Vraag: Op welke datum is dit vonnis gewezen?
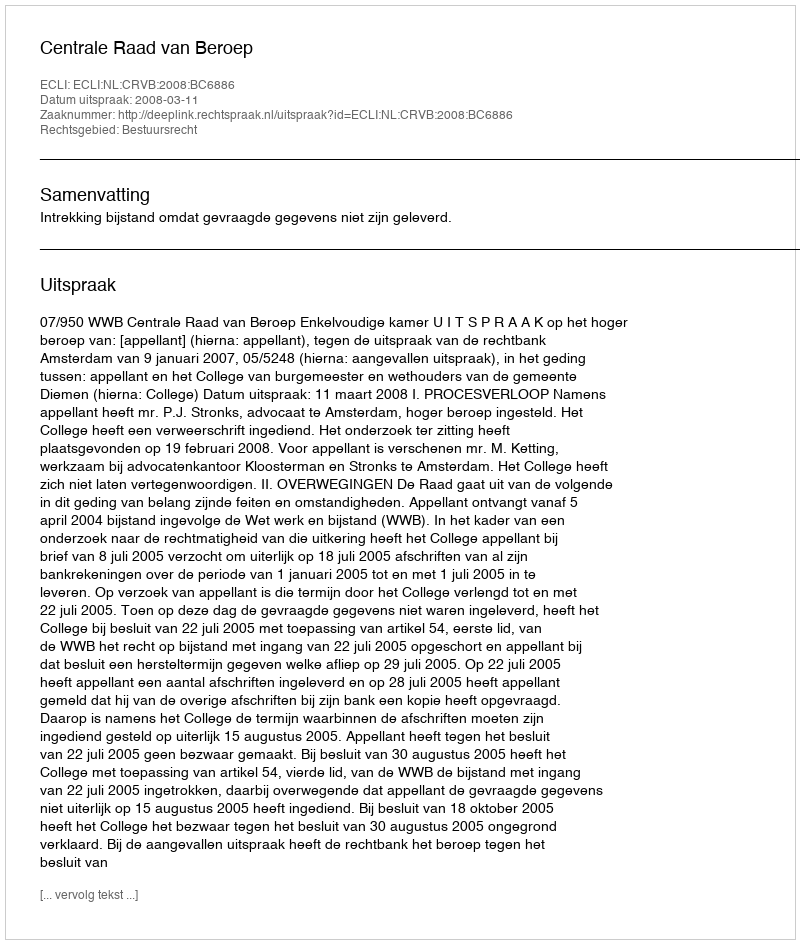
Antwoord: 2008-03-11